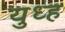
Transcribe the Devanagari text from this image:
युध्ह